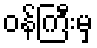
ဝန်ကြီးမှ